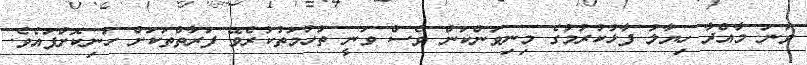
ވަނަ މާއްދާ ހިޔާލު ފާޅުކުރުމުގެ މިނިވަންކަން ވެސް ވަނީ ތުހުމަތުކުރެވޭ ފަރާތްތަކަށް ހަނިކޮށްފައެވެ.